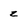
Character: z